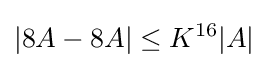
|8A-8A|\leq K^{16}|A|